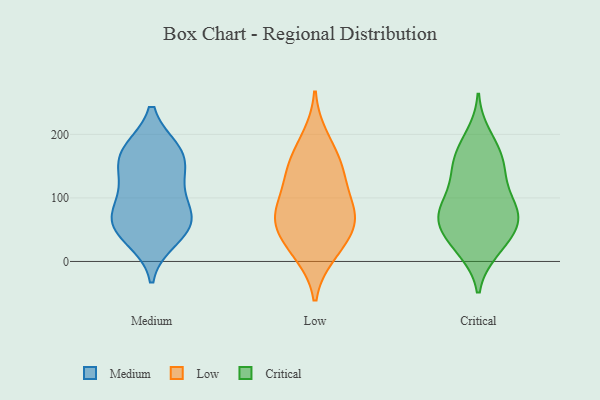
{"axis": {"x": "Net Income (USD K)", "y": "Value"}, "legend": ["Critical", "Low", "Medium"], "data": [{"x": "", "y": 52, "type": "Medium"}, {"x": "", "y": 172, "type": "Medium"}, {"x": "", "y": 100, "type": "Medium"}, {"x": "", "y": 67, "type": "Medium"}, {"x": "", "y": 36, "type": "Medium"}, {"x": "", "y": 121, "type": "Medium"}, {"x": "", "y": 169, "type": "Medium"}, {"x": "", "y": 61, "type": "Medium"}, {"x": "", "y": 148, "type": "Medium"}, {"x": "", "y": 174, "type": "Medium"}, {"x": "", "y": 67, "type": "Medium"}, {"x": "", "y": 163, "type": "Low"}, {"x": "", "y": 83, "type": "Low"}, {"x": "", "y": 82, "type": "Low"}, {"x": "", "y": 150, "type": "Low"}, {"x": "", "y": 11, "type": "Low"}, {"x": "", "y": 133, "type": "Low"}, {"x": "", "y": 124, "type": "Low"}, {"x": "", "y": 15, "type": "Low"}, {"x": "", "y": 77, "type": "Low"}, {"x": "", "y": 195, "type": "Low"}, {"x": "", "y": 56, "type": "Low"}, {"x": "", "y": 49, "type": "Low"}, {"x": "", "y": 57, "type": "Low"}, {"x": "", "y": 106, "type": "Critical"}, {"x": "", "y": 66, "type": "Critical"}, {"x": "", "y": 143, "type": "Critical"}, {"x": "", "y": 90, "type": "Critical"}, {"x": "", "y": 20, "type": "Critical"}, {"x": "", "y": 177, "type": "Critical"}, {"x": "", "y": 166, "type": "Critical"}, {"x": "", "y": 96, "type": "Critical"}, {"x": "", "y": 62, "type": "Critical"}, {"x": "", "y": 71, "type": "Critical"}, {"x": "", "y": 58, "type": "Critical"}, {"x": "", "y": 17, "type": "Critical"}, {"x": "", "y": 198, "type": "Critical"}, {"x": "", "y": 27, "type": "Critical"}, {"x": "", "y": 53, "type": "Critical"}, {"x": "", "y": 75, "type": "Critical"}, {"x": "", "y": 152, "type": "Critical"}, {"x": "", "y": 138, "type": "Critical"}]}